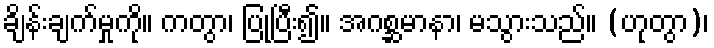
ချိန်းချက်မှုကို။ ကတွာ၊ ပြုပြီး၍။ အဂစ္ဆမာနာ၊ မသွားသည်။ (ဟုတွာ)၊